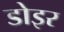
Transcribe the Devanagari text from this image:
डोइर